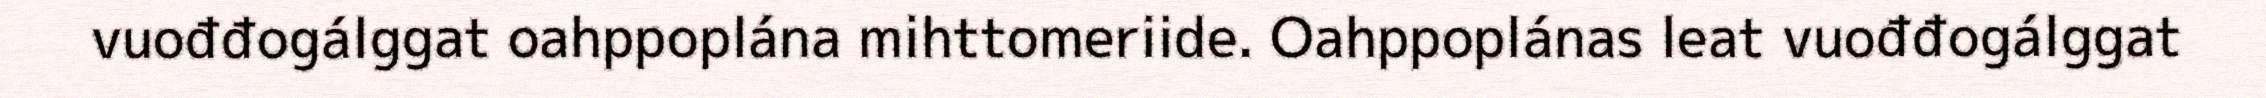
vuođđogálggat oahppoplána mihttomeriide. Oahppoplánas leat vuođđogálggat